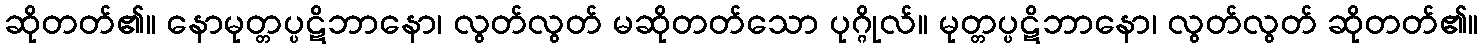
ဆိုတတ်၏။ နောမုတ္တပ္ပဋိဘာနော၊ လွတ်လွတ် မဆိုတတ်သော ပုဂ္ဂိုလ်။ မုတ္တပ္ပဋိဘာနော၊ လွတ်လွတ် ဆိုတတ်၏။